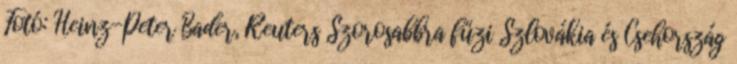
Fotó: Heinz-Peter Bader, Reuters Szorosabbra fűzi Szlovákia és Csehország